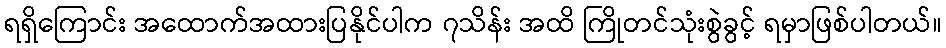
ရရှိကြောင်း အထောက်အထားပြနိုင်ပါက ၇သိန်း အထိ ကြိုတင်သုံးစွဲခွင့် ရမှာဖြစ်ပါတယ်။